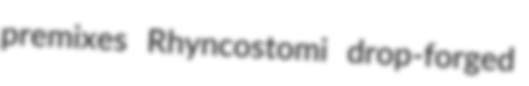
premixes Rhyncostomi drop-forged